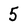
Character: 5